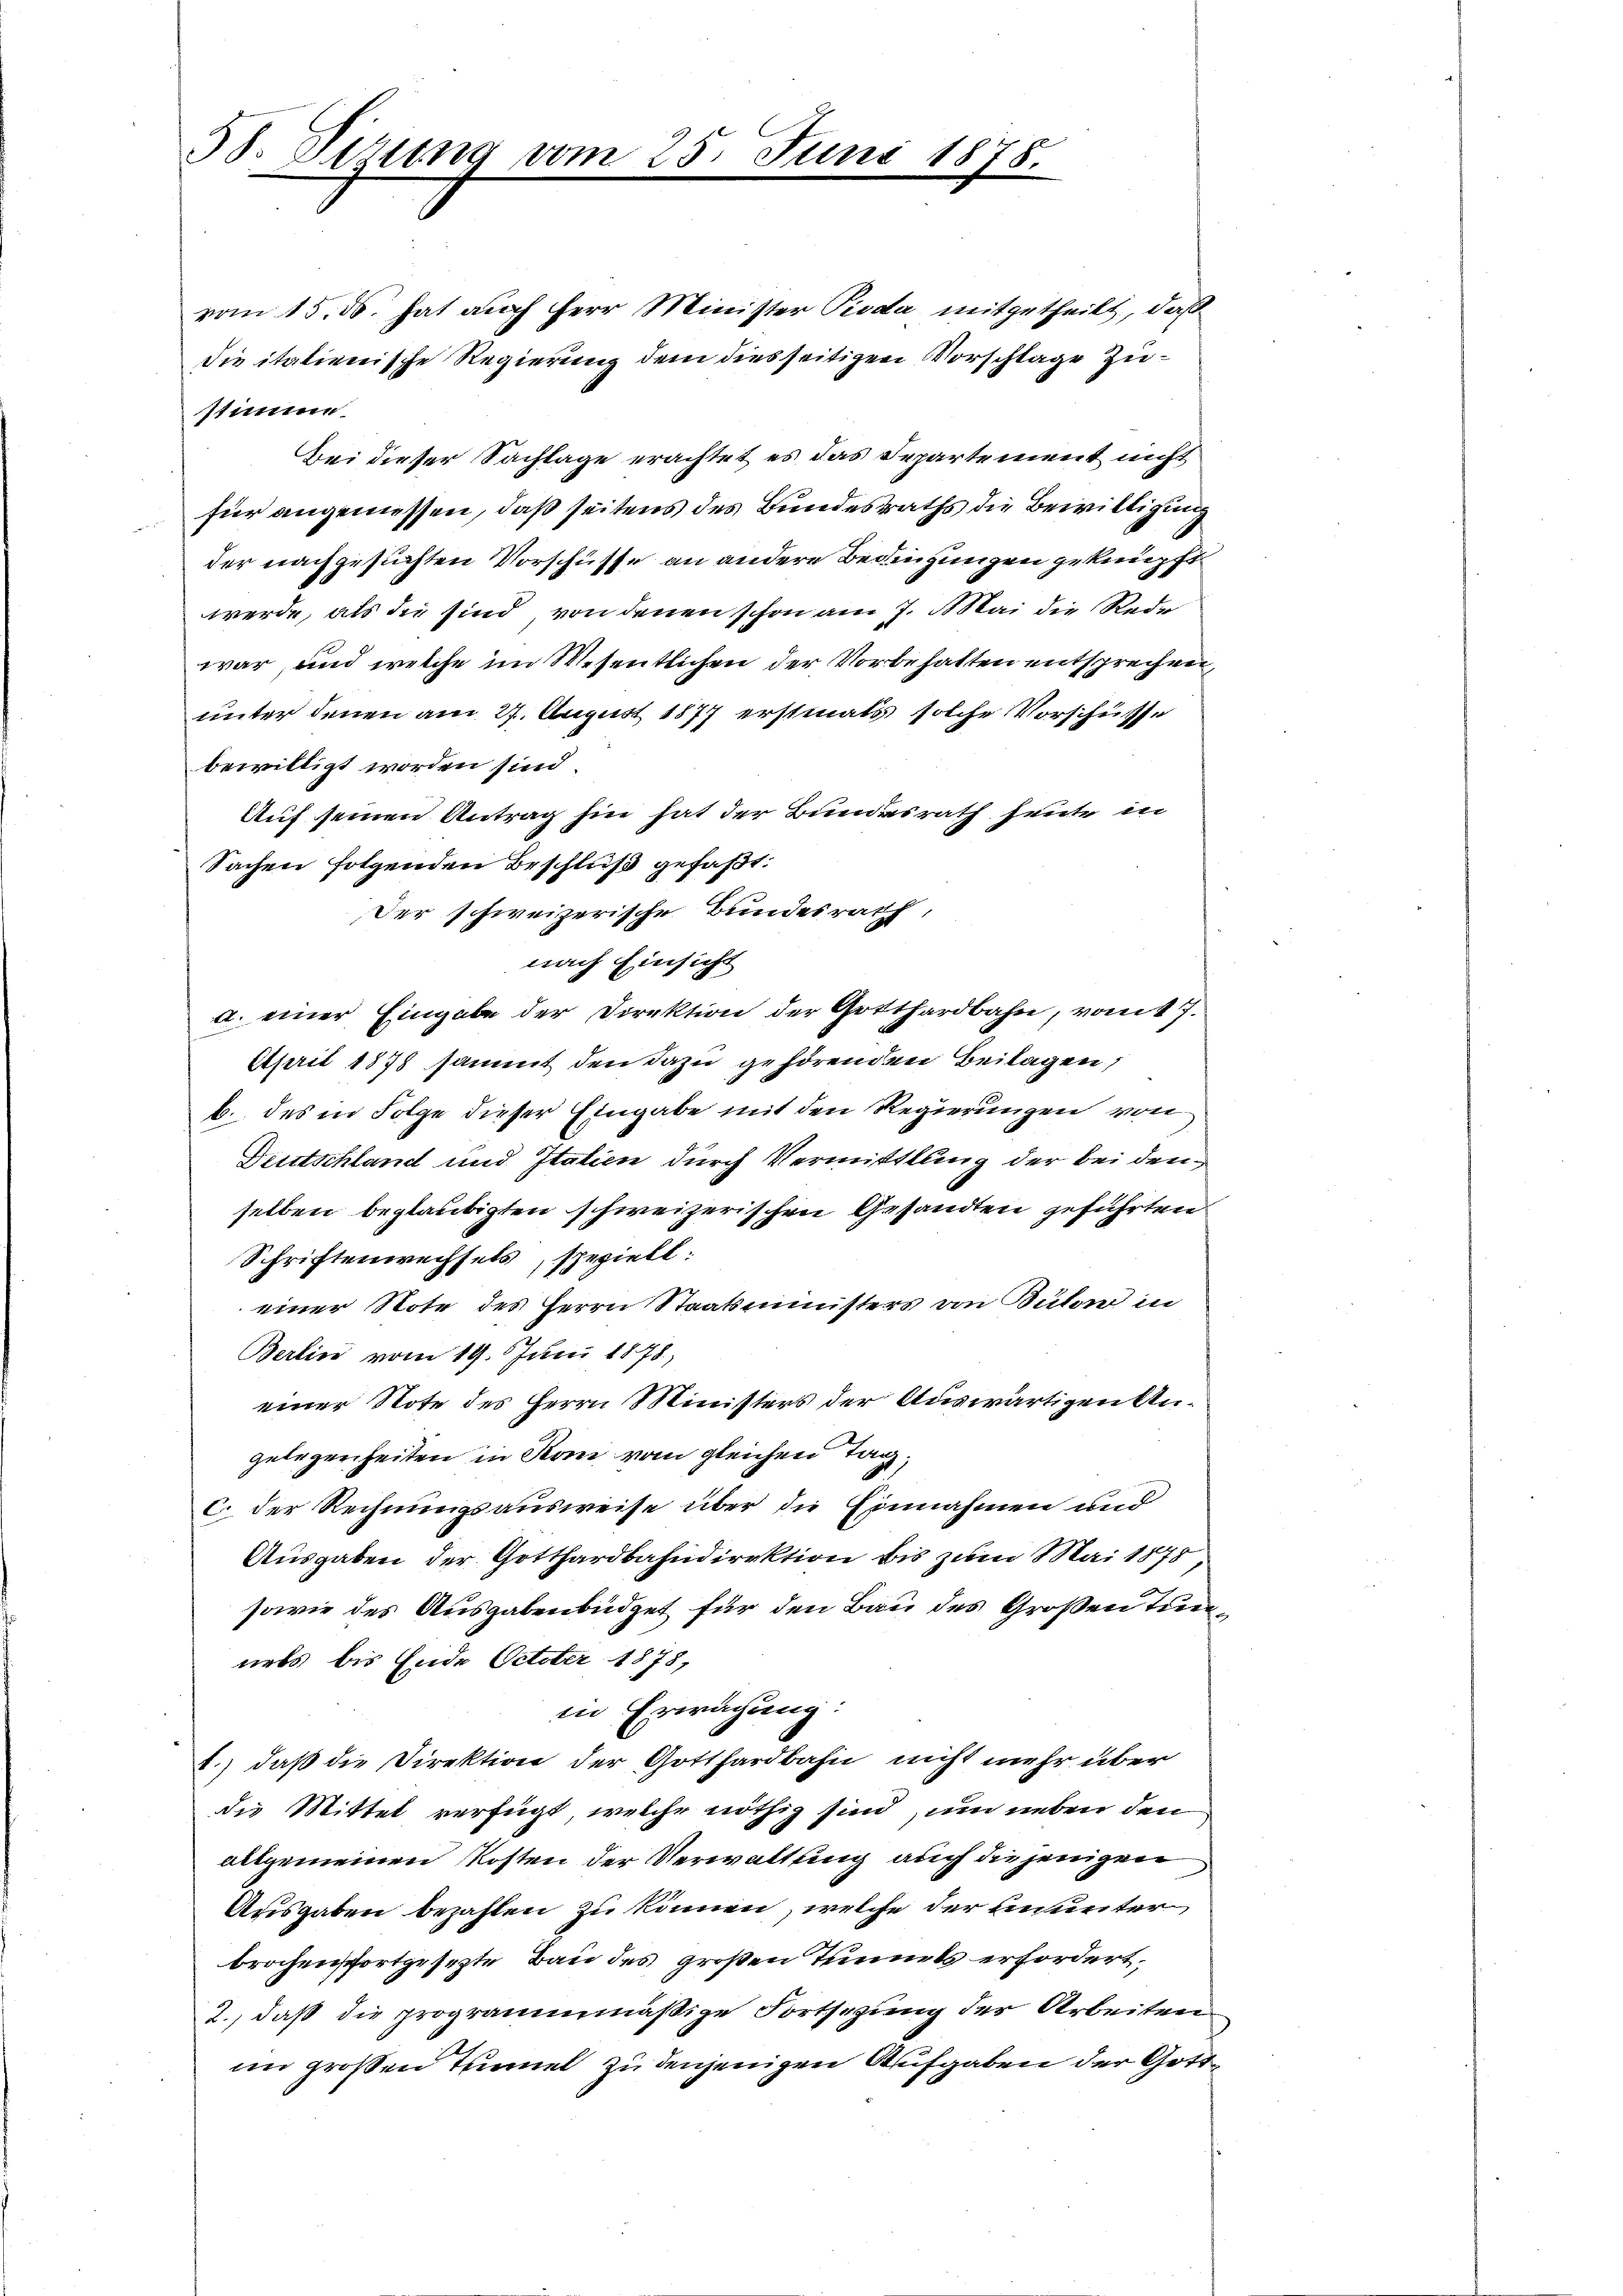
38. Sizung vom 25. Juni 1878.

vom 15. ds. hat auch Herr Minister Pioda mitgetheilt, daß
die italienische Regierung dem diesseitigen Vorschlage Zeistimme.
Bei dieser Sachlage erachtet es das Departement nicht
für angemessen, daß seitens des Bundesraths die Bewilligung
der nachgesuchten Vorschüsse an andere Bedingungen geknüpft
werde, als die sind von denen schon am 7. Mai die Rede
war, und welche im Wesentlichen der Vorbehalten entsprechen,
unter denen am 27. August 1877 erstmals solche Vorschüsse
bewilligt worden sind.
Auf seinen Antrag hin hat der Bundesrath heute in
Sachen folgenden Beschluß gefaßt:
Der schweizerische Bundesrath,
nach Einsicht
a. einer Eingabe der Direktion der Gotthardbahn, vom 17.
April 1878 sammt den dazu gehörenden Beilagen,
b. des in Folge dieser Eingabe mit den Regierungen von
Deutschland und Italien durch Vermittlung der bei denselben beglaubigten schweizerischen Gesandten geführten
Schriftenwechsels, speziell:
einer Note des Herrn Staatsministers von Bular in
Berlin vom 19. Juni 1878,
einer Note des Herrn Ministers der Auswärtigen Angelegenheiten in Koni vom gleichen Tag,
C der Rechnungsausweise über die Einnahmen und
Ausgaben der Gotthardbahndirektion bis zum Mai 1878,
sowie des Ausgabenbüdget für den Bau des Großen Trienets bis Ende Oetter 1878,
in Erwachung:
b.) daß die Direktion der Gotthardbahn nicht mehr über
die Mittel verfügt, welche nöthig sind, um neben den
allgemeinen Kosten der Verwaltung auch diejenigen
Ausgaben bezahlen zu können, welche der ununter
brochensfortgesezte Bau des großen Tunnels erfordert,
2., daß die programmmäßige Fortsezung der Arbeiten
im großen Temmel zu denjenigen Aufgaben der Gott¬